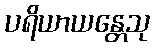
ပရိယာယန္တေသု